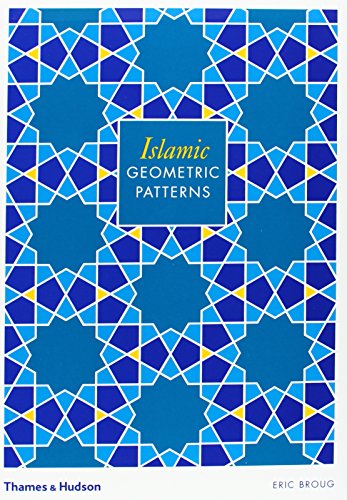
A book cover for Islamic Geometric Patterns; Eric Broug; Arts & Photography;